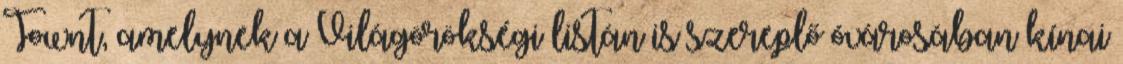
Townt, amelynek a Világörökségi listán is szereplő óvárosában kínai